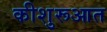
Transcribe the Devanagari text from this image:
कीशुरूआत